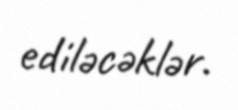
ediləcəklər.